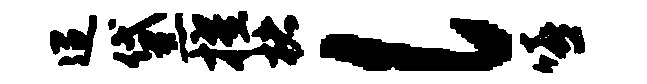
迢黛擢楮l嘻